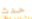
حدث